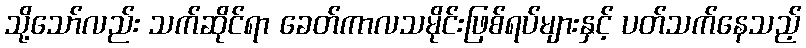
သို့သော်လည်း သက်ဆိုင်ရာ ခေတ်ကာလသမိုင်းဖြစ်ရပ်များနှင့် ပတ်သက်နေသည့်